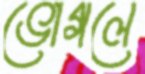
ভোগলে